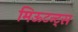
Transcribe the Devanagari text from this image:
मिऊटन्ट्स